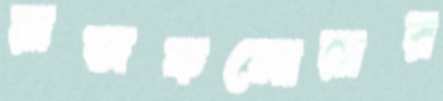
রাজকনোয়ার